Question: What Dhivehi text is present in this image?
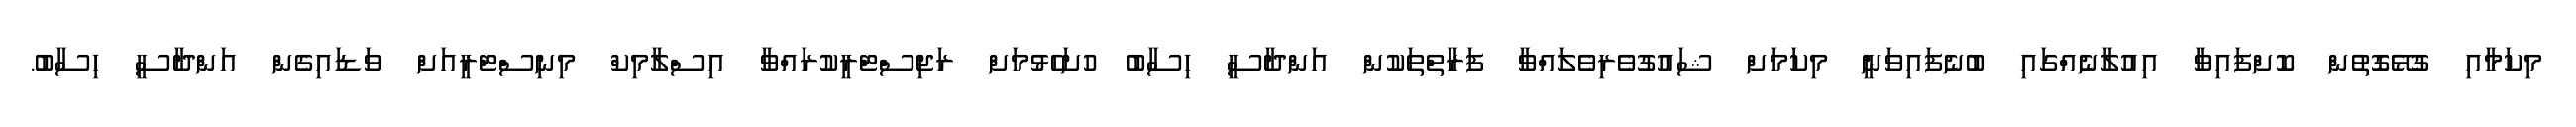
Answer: މިކަމާއި ގުޅޭގޮތުން ކޮށްފައިވާ އިއުލާނެއްގައި ބުނެފައިވަނީ މިކަމަށް ޝައުގުވެރިވެލައްވާ ފަރާތްތަކުން އަންދާސީ ހިސާބު ހުށަހެޅުމަށް ރަޖިސްޓްރީކުރައްވާ އިސްލާމިކް މިނިސްޓްރީއަށް ވަޑައިގެން އަންދާސީ ހިސާބު.